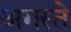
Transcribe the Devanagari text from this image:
अगस्ते